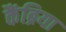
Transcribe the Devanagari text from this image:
कैंब्रिया